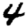
Digit: 4